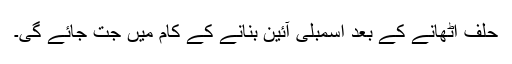
حلف اٹھانے کے بعد اسمبلی آئین بنانے کے کام میں جت جائے گی۔